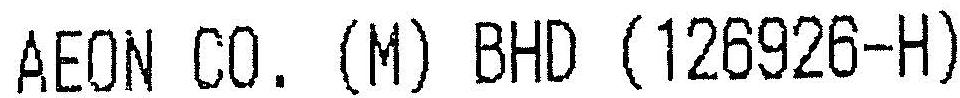
AEON CO. (M) BHD (126926-H)